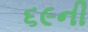
૬૯ની